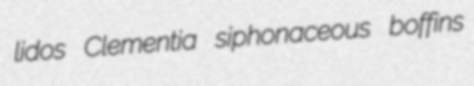
lidos Clementia siphonaceous boffins